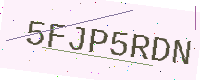
Text: 5FJP5RDN